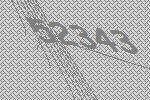
52343